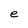
Character: e